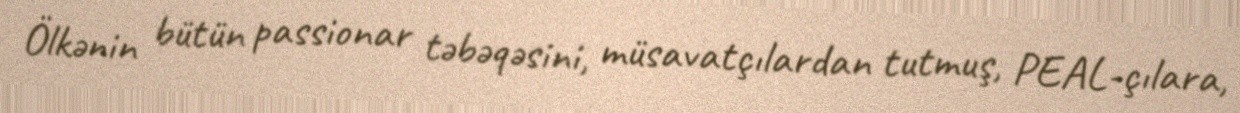
Ölkənin bütün passionar təbəqəsini, müsavatçılardan tutmuş, PEAL-çılara,